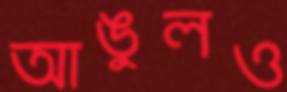
আঙুলও